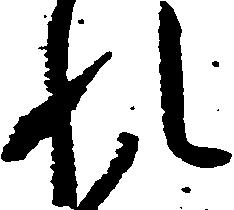
れ